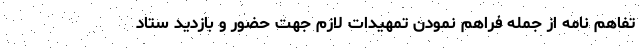
تفاهم نامه از جمله فراهم نمودن تمهیدات لازم جهت حضور و بازدید ستاد